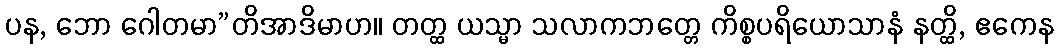
ပန, ဘော ဂေါတမာ”တိအာဒိမာဟ။ တတ္ထ ယသ္မာ သလာကဘတ္တေ ကိစ္စပရိယောသာနံ နတ္ထိ, ဧကေန